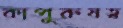
কাপুরুষত্ব